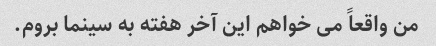
من واقعاً می خواهم این آخر هفته به سینما بروم.